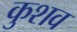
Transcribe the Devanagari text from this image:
कुशव